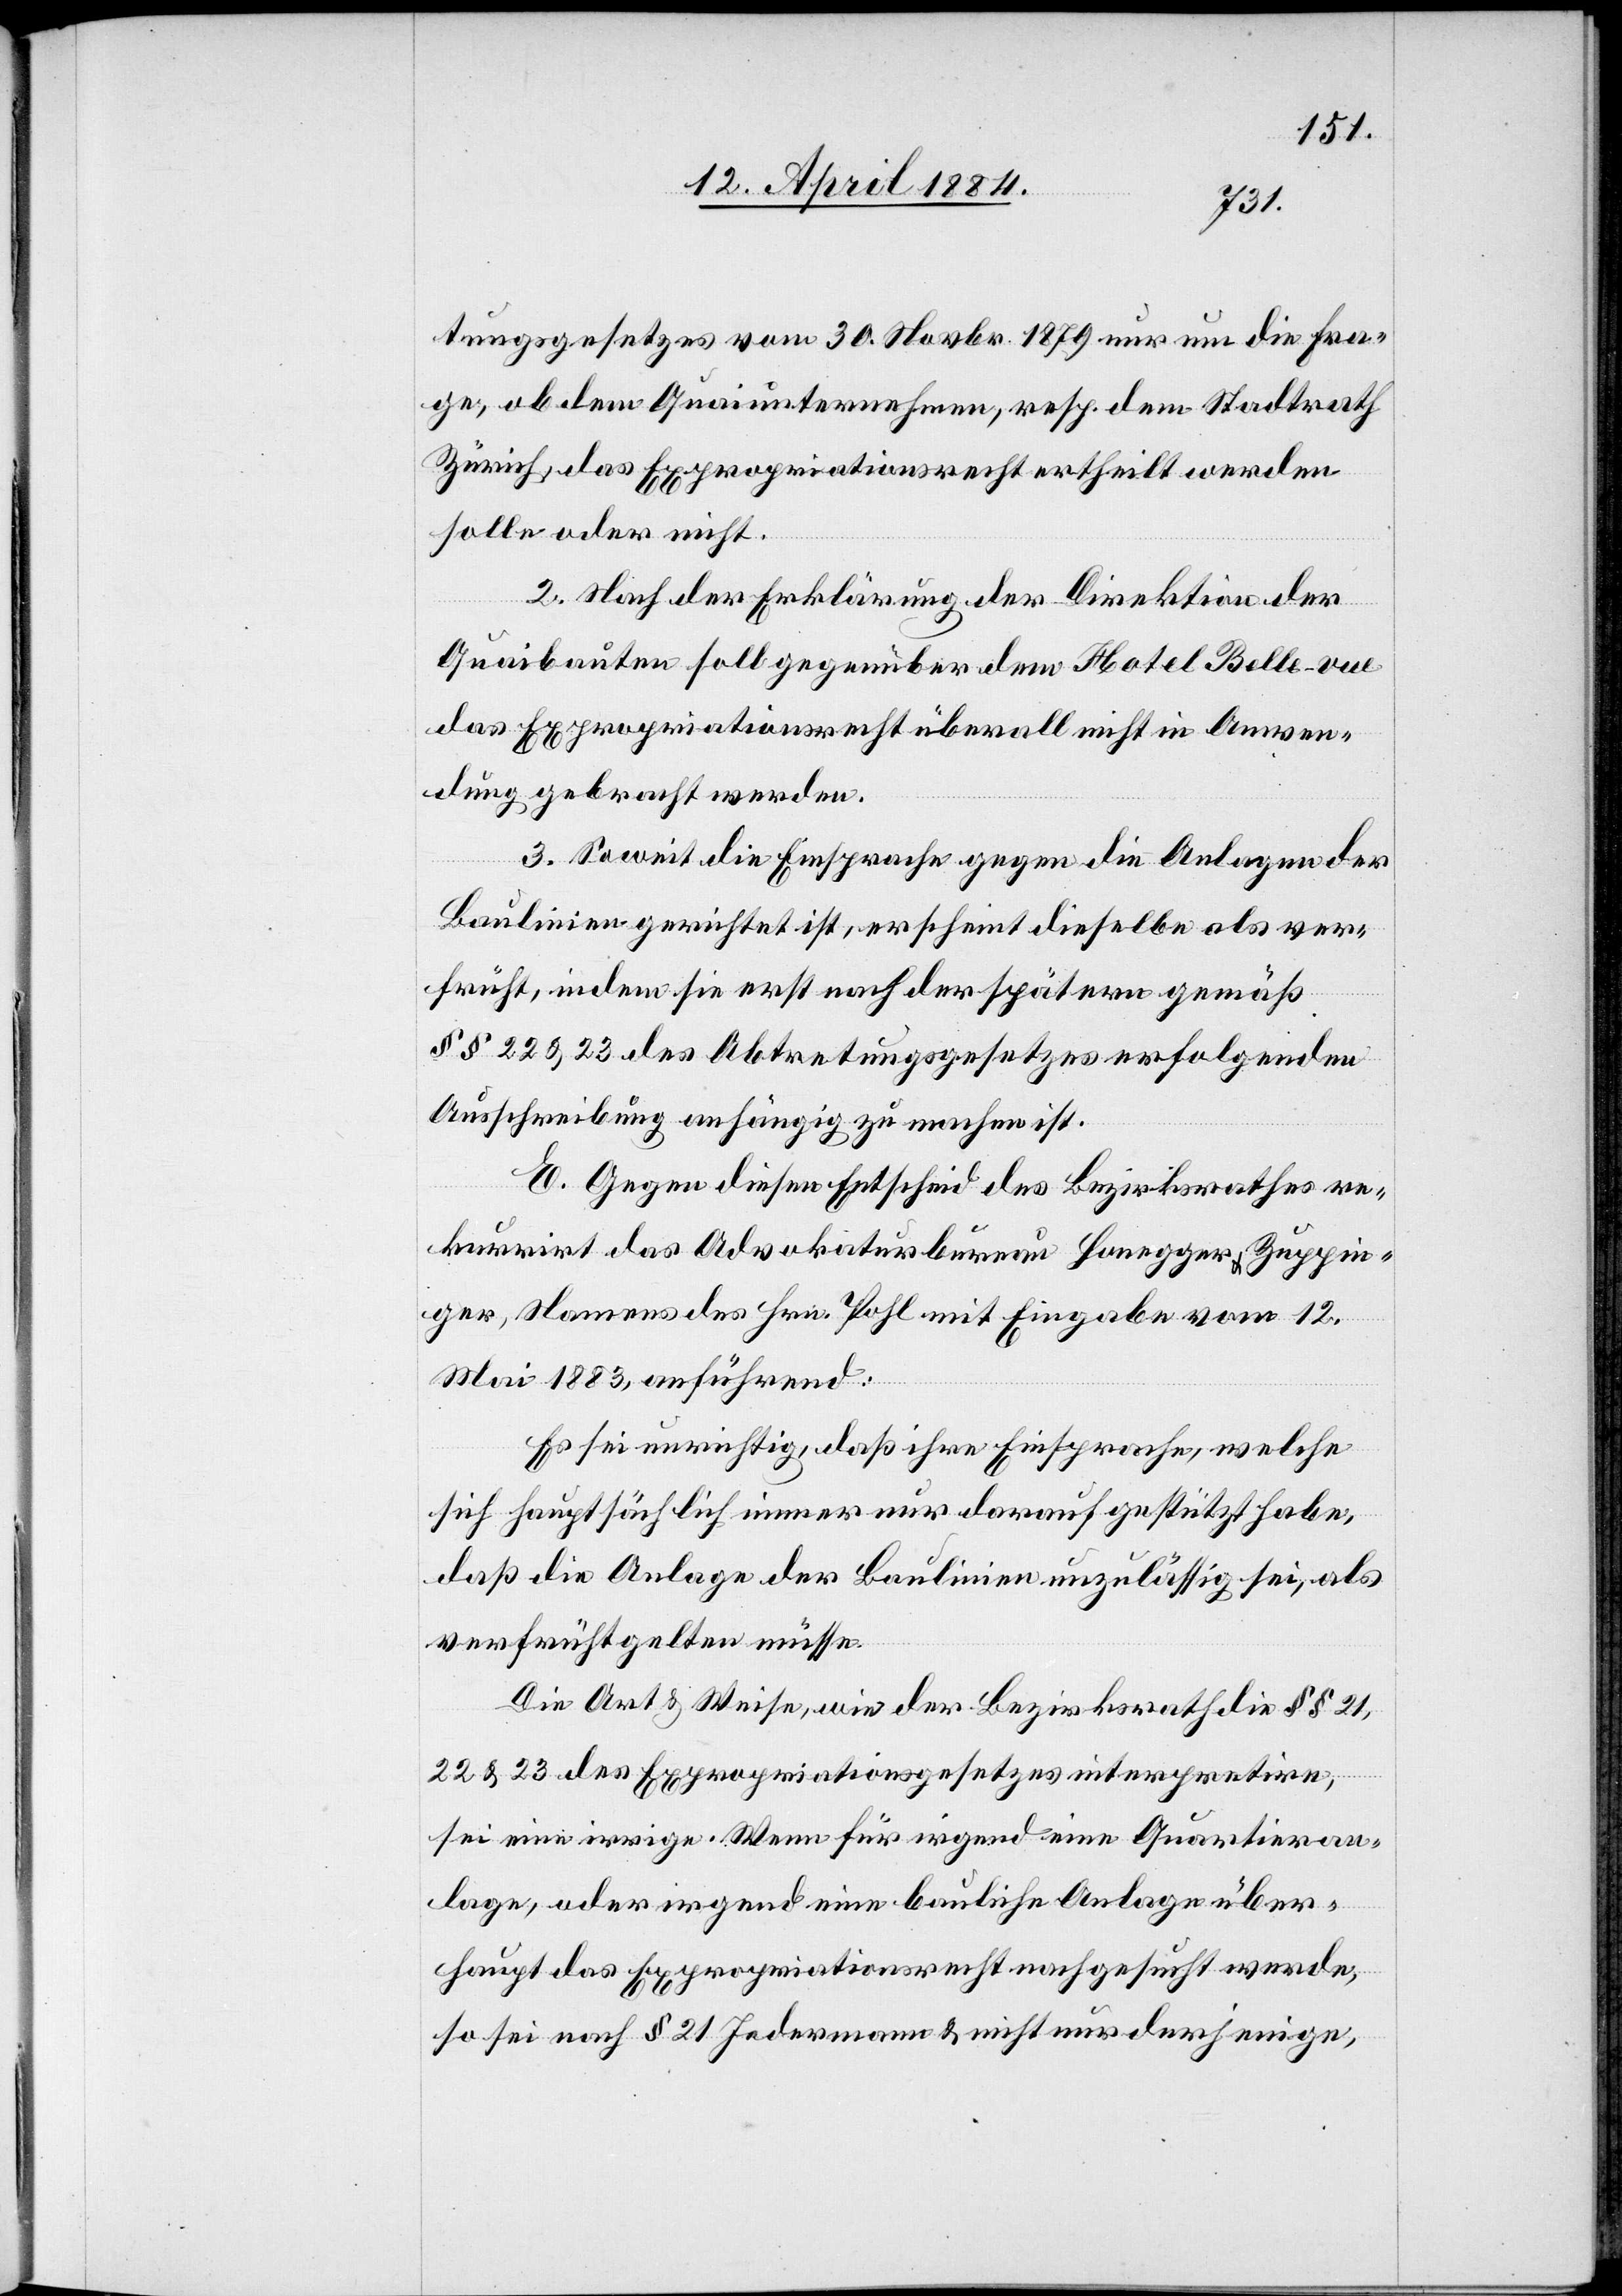
tungsgesetzes vom 30. Novbr. 1879 nur um die Fra¬
ge, ob dem Quaiunternehmen, resp. dem Stadtrath
Zürich, das Expropriationsrecht ertheilt werde
solle oder nicht.
2. Nach der Erklärung der Direktion der
Quaibauten soll gegenüber dem Hotel Belle-vue
das Expropriationsrecht überall nicht in Anwen¬
dung gebracht werden.
3. Soweit die Einsprache gegen die Anlagen der
Baulinien gerichtet ist, erscheint dieselbe als ver¬
früht, indem sie erst nach der spätern gemäß
§§ 22 & 23 des Abtretungsgesetzes erfolgenden
Ausschreibung anhängig zu machen ist.
E. Gegen diesen Entscheid des Bezirkrathes re¬
kurrirt das Advokaturbureau Honegger & Zuppin¬
ger, Namens des Hrn. Pohl mit Eingabe vom 12.
Mai 1883, ausführend:
Es sei unrichtig, daß ihre Einsprache, welche
sich hauptsächlich immer nur darauf gestützt habe,
daß die Anlage der Baulinie unzulässig sei, als
verfrüht gelten müsse.
Die Art & Weise, wie der Bezirksrath die §§ 21,
22, & 23 des Expropriationsgesetzes interpretiren,
sei eine irrige. Wenn für irgend eine Quartieran¬
lage, oder irgend eine bauliche Anlage über¬
haupt das Expropriationsrecht nachgesucht werde,
so sei nach § 21 Jedermann & nicht nur derjenige,